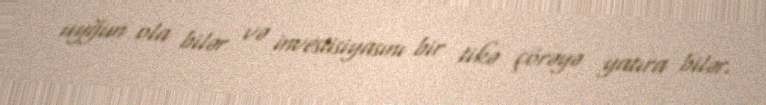
uyğun ola bilər və investisiyasını bir tikə çörəyə yatıra bilər.